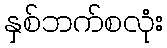
နှစ်ဘက်စလုံး